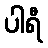
ပါရီ